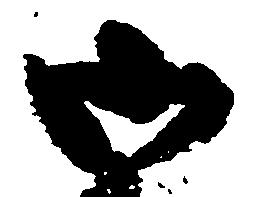
御